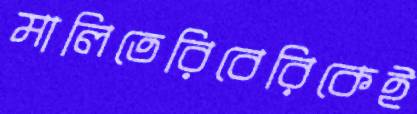
মালিতেরিবেরিকেই